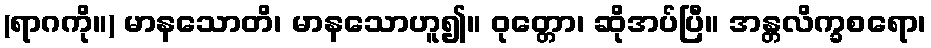
(ရာဂကို။) မာနသောတိ၊ မာနသောဟူ၍။ ဝုတ္တော၊ ဆိုအပ်ပြီ။ အန္တလိက္ခစရော၊